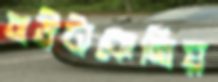
বউটাকেনিয়